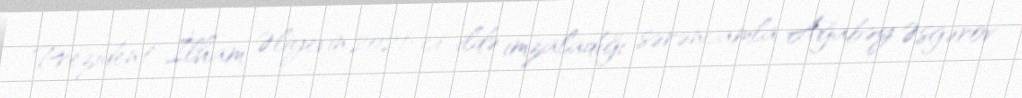
Prezident İlham Əliyevin 2021-ci ildə imzaladığı sərəncamla Ağabəy Əsgərov